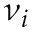
\nu _ { i }